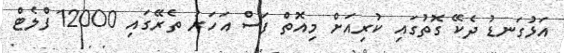
އަޅުގަނޑު ދެކޭ ގޮތުގައި ކުރިއަށް މިއޮތް ފަސް އަހަރު ތެރޭގައި 12000 ފްލެޓް